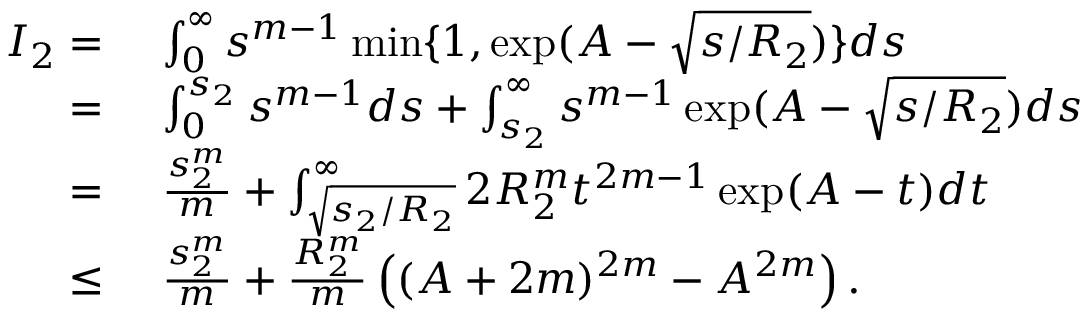
\begin{array} { r l } { I _ { 2 } = } & { ~ \int _ { 0 } ^ { \infty } s ^ { m - 1 } \operatorname* { m i n } \{ 1 , \exp ( A - \sqrt { s / R _ { 2 } } ) \} d s } \\ { = } & { ~ \int _ { 0 } ^ { s _ { 2 } } s ^ { m - 1 } d s + \int _ { s _ { 2 } } ^ { \infty } s ^ { m - 1 } \exp ( A - \sqrt { s / R _ { 2 } } ) d s } \\ { = } & { ~ \frac { s _ { 2 } ^ { m } } { m } + \int _ { \sqrt { s _ { 2 } / R _ { 2 } } } ^ { \infty } 2 R _ { 2 } ^ { m } t ^ { 2 m - 1 } \exp ( A - t ) d t } \\ { \leq } & { ~ \frac { s _ { 2 } ^ { m } } { m } + \frac { R _ { 2 } ^ { m } } { m } \left( ( A + 2 m ) ^ { 2 m } - A ^ { 2 m } \right) . } \end{array}